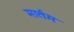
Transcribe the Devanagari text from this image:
मार्तम